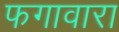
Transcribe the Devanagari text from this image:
फगावारा